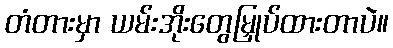
တံတားမှာ ယမ်းအိုးတွေမြှုပ်ထားတာပဲ။